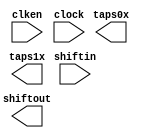
// megafunction wizard: %Shift register (RAM-based)%VBB%
// GENERATION: STANDARD
// VERSION: WM1.0
// MODULE: ALTSHIFT_TAPS 

// ============================================================
// Megafunction Name(s):
// 			ALTSHIFT_TAPS
//
// Simulation Library Files(s):
// 			altera_mf
// ============================================================
// ************************************************************
// THIS IS A WIZARD-GENERATED FILE. DO NOT EDIT THIS FILE!
//
// 15.0.0 Build 145 04/22/2015 SJ Full Version
// ************************************************************

//Copyright (C) 1991-2015 Altera Corporation. All rights reserved.
//Your use of Altera Corporation's design tools, logic functions 
//and other software and tools, and its AMPP partner logic 
//functions, and any output files from any of the foregoing 
//(including device programming or simulation files), and any 
//associated documentation or information are expressly subject 
//to the terms and conditions of the Altera Program License 
//Subscription Agreement, the Altera Quartus II License Agreement,
//the Altera MegaCore Function License Agreement, or other 
//applicable license agreement, including, without limitation, 
//that your use is for the sole purpose of programming logic 
//devices manufactured by Altera and sold by Altera or its 
//authorized distributors.  Please refer to the applicable 
//agreement for further details.

module my_Line_Buffer (
	clken,
	clock,
	shiftin,
	shiftout,
	taps0x,
	taps1x);

	input	  clken;
	input	  clock;
	input	[9:0]  shiftin;
	output	[9:0]  shiftout;
	output	[9:0]  taps0x;
	output	[9:0]  taps1x;
`ifndef ALTERA_RESERVED_QIS
// synopsys translate_off
`endif
	tri1	  clken;
`ifndef ALTERA_RESERVED_QIS
// synopsys translate_on
`endif

endmodule

// ============================================================
// CNX file retrieval info
// ============================================================
// Retrieval info: PRIVATE: ACLR NUMERIC "0"
// Retrieval info: PRIVATE: CLKEN NUMERIC "1"
// Retrieval info: PRIVATE: GROUP_TAPS NUMERIC "1"
// Retrieval info: PRIVATE: INTENDED_DEVICE_FAMILY STRING "Cyclone IV E"
// Retrieval info: PRIVATE: NUMBER_OF_TAPS NUMERIC "2"
// Retrieval info: PRIVATE: RAM_BLOCK_TYPE NUMERIC "1"
// Retrieval info: PRIVATE: SYNTH_WRAPPER_GEN_POSTFIX STRING "0"
// Retrieval info: PRIVATE: TAP_DISTANCE NUMERIC "1280"
// Retrieval info: PRIVATE: WIDTH NUMERIC "10"
// Retrieval info: LIBRARY: altera_mf altera_mf.altera_mf_components.all
// Retrieval info: CONSTANT: INTENDED_DEVICE_FAMILY STRING "Cyclone IV E"
// Retrieval info: CONSTANT: LPM_HINT STRING "RAM_BLOCK_TYPE=M9K"
// Retrieval info: CONSTANT: LPM_TYPE STRING "altshift_taps"
// Retrieval info: CONSTANT: NUMBER_OF_TAPS NUMERIC "2"
// Retrieval info: CONSTANT: TAP_DISTANCE NUMERIC "1280"
// Retrieval info: CONSTANT: WIDTH NUMERIC "10"
// Retrieval info: USED_PORT: clken 0 0 0 0 INPUT VCC "clken"
// Retrieval info: USED_PORT: clock 0 0 0 0 INPUT NODEFVAL "clock"
// Retrieval info: USED_PORT: shiftin 0 0 10 0 INPUT NODEFVAL "shiftin[9..0]"
// Retrieval info: USED_PORT: shiftout 0 0 10 0 OUTPUT NODEFVAL "shiftout[9..0]"
// Retrieval info: USED_PORT: taps0x 0 0 10 0 OUTPUT NODEFVAL "taps0x[9..0]"
// Retrieval info: USED_PORT: taps1x 0 0 10 0 OUTPUT NODEFVAL "taps1x[9..0]"
// Retrieval info: CONNECT: @clken 0 0 0 0 clken 0 0 0 0
// Retrieval info: CONNECT: @clock 0 0 0 0 clock 0 0 0 0
// Retrieval info: CONNECT: @shiftin 0 0 10 0 shiftin 0 0 10 0
// Retrieval info: CONNECT: shiftout 0 0 10 0 @shiftout 0 0 10 0
// Retrieval info: CONNECT: taps0x 0 0 10 0 @taps 0 0 10 0
// Retrieval info: CONNECT: taps1x 0 0 10 0 @taps 0 0 10 10
// Retrieval info: GEN_FILE: TYPE_NORMAL my_Line_Buffer.v TRUE
// Retrieval info: GEN_FILE: TYPE_NORMAL my_Line_Buffer.inc FALSE
// Retrieval info: GEN_FILE: TYPE_NORMAL my_Line_Buffer.cmp FALSE
// Retrieval info: GEN_FILE: TYPE_NORMAL my_Line_Buffer.bsf TRUE
// Retrieval info: GEN_FILE: TYPE_NORMAL my_Line_Buffer_inst.v FALSE
// Retrieval info: GEN_FILE: TYPE_NORMAL my_Line_Buffer_bb.v TRUE
// Retrieval info: LIB_FILE: altera_mf